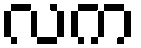
လက